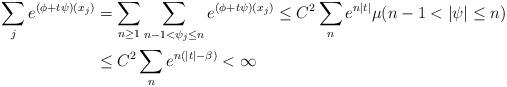
LaTeX: \begin{align*}\sum_{j}e^{(\phi+t\psi)(x_j)} &=\sum_{n\ge1}\sum_{n-1< \psi_j\le n}e^{(\phi+t\psi)(x_j)}\le C^2\sum_ne^{n|t|} \mu(n-1<|\psi|\le n)\\&\le C^2\sum_ne^{n(|t|-\beta)} <\infty\end{align*}